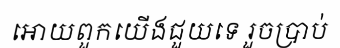
អោយពួកយើងជួយទេ រួចប្រាប់